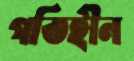
গতিহীন